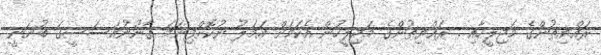
ރައްޔިތުންގެ މަޖިލީހާއި . ރައްޔިތުންގެ މަޖިލީހުން އެކަމަށް އަމަލު ނުކޮށްފިނަމަ ގާނޫނުއަސަސީގަ ބުނަނީ